Report of the Municipal Commissioner on the plague in Bombay for the year ending 31st May... - Volume 2
Disease focus: Plague
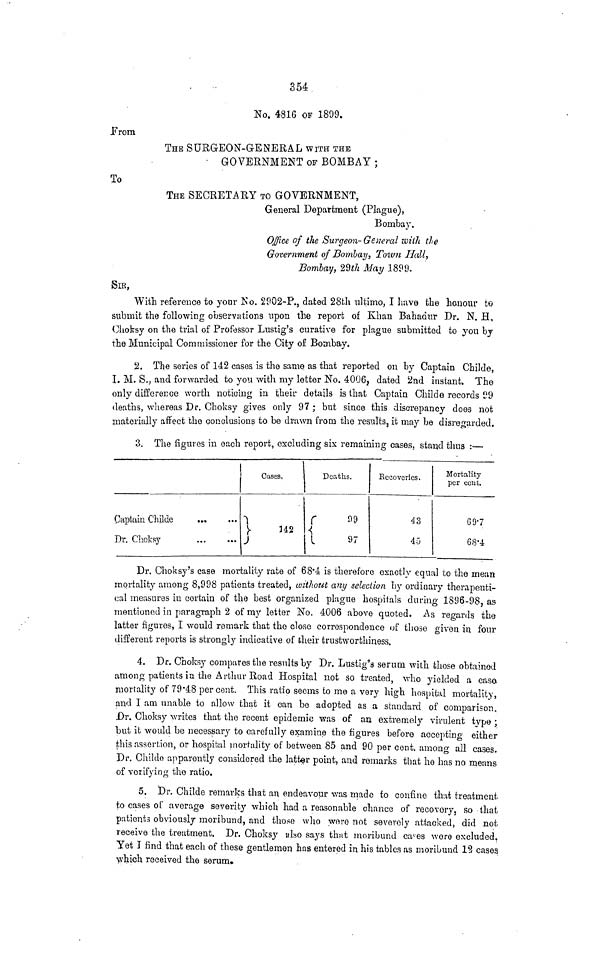
354
No. 4816 OF 1899.
Prom
THE SURGEON-GENERAL WITH THE
GOVERNMENT OF BOMBAY ;
To
THE SECRETARY TO GOVERNMENT,
General Department (Plague),
Bombay.
Office of the Surgeon-General with the
Government of Bombay, Town Hall,
Bombay, 29th May 1899.
SIR,
With reference to your No. 2902-P., dated 28th ultimo, I have the honour to
submit the following observations upon the report of Khan Bahadur Dr. N. H.
Choksy on the trial of Professor Lustig's curative for plague submitted to you by
the Municipal Commissioner for the City of Bombay.
2. The series of 142 cases is the same as that reported on by Captain Childe,
I. M. S., and forwarded to you with my letter No. 4006, dated 2nd instant. The
only difference worth noticing in their details is that Captain Childe records 99
deaths, whereas Dr. Choksy gives only 97 ; but since this discrepancy does not
materially affect the conclusions to be drawn from the results, it may be disregarded.
3. The figures in each report, excluding six remaining cases, stand thus :—
Captain Childe
Dr. Choksy
Cases.
142
Deaths.
99
97
Recoveries.
43
45
Mortality
per cent.
69.7
68.4
Dr. Choksy's case mortality rate of 68.4 is therefore exactly equal to the mean
mortality among 8,998 patients treated, without any selection by ordinary therapeuti-
cal measures in cortain of the best organized plague hospitals during 1896-98, as
mentioned in paragraph 2 of my letter No. 4006 above quoted. As regards the
latter figures, I would remark that the close correspondence of those given in four
different reports is strongly indicative of their trustworthiness.
4. Dr. Choksy compares the results by Dr. Lustig's serum with those obtained
among patients in the Arthur Road Hospital not so treated, who yielded a case
mortality of 79.48 per cent. This ratio seems to me a very high hospital mortality,
and I am unable to allow that it can be adopted as a standard of comparison.
Dr. Choksy writes that the recent epidemic was of an extremely virulent type ;
but it would be necessary to carefully examine the figures before accepting either
this assertion, or hospital mortality of between 85 and 90 per cent. among all cases.
Dr. Childe apparently considered the latter point, and remarks that he has no means
of verifying the ratio.
5. Dr. Childe remarks that an endeavour was made to confine that treatment
to cases of average severity which had a reasonable chance of recovory, so that
patients obviously moribund, and thoso who were not severely attacked, did not
receive the treatment. Dr. Choksy also says that moribund cases wore excluded,
Yet Ï find that each of these gentlemen has entered in his tables as moribund 12 cases
which received the serum.